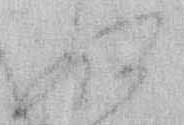
ぬ